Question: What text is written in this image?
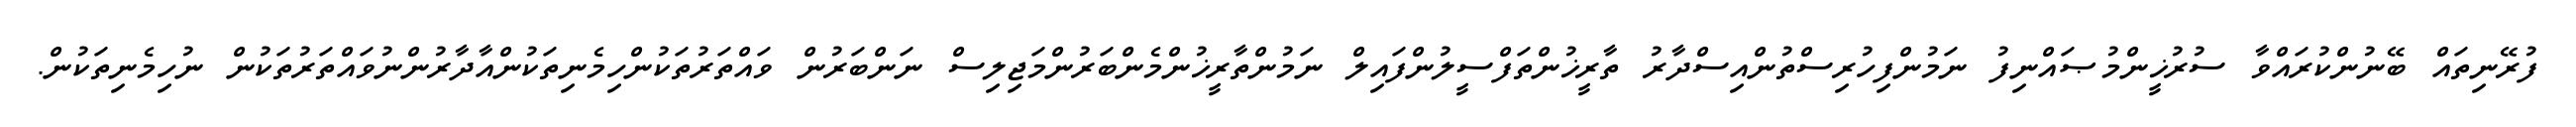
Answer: ފުރޭނިތައް ބޭނުންކުރައްވާ ސުރުޚީންމުޞައްނިފު ނަމުންފިހުރިސްތުންއިސްދާރު ތާރީޚުންތަފްސީލުންފައިލް ނަމުންތާރީޚުންމެންބަރުންމަޖިލިސް ނަންބަރުން ވައްތަރުތަކުންހިމެނިތަކުންއާދާރުންނުވައްތަރުތަކުން ނުހިމެނިތަކުން.